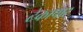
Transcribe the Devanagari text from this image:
टेकापार